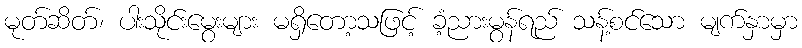
မုတ်ဆိတ်၊ ပါးသိုင်းမွေးများ မရှိတော့သဖြင့် ခံ့ညားမွန်ရည် သန့်စင်သော မျက်နှာမှာ